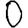
Digit: 0